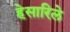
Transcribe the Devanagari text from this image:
हेसारिले